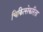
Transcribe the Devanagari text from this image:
चिकित्सेकरिता